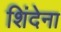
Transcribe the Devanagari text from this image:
शिंदेना